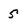
Character: 5